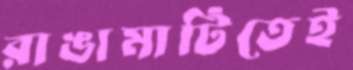
রাঙামাটিতেই